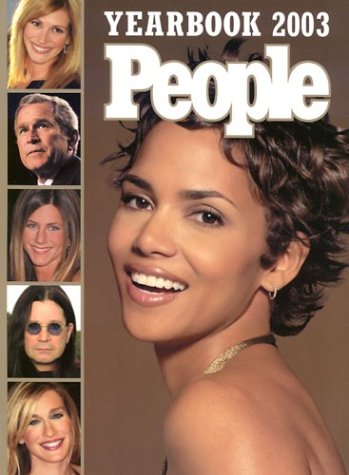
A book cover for People: Yearbook 2003; Editors of People Magazine; Humor & Entertainment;